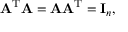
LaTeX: \mathbf { A } ^ { \mathrm { T } } \mathbf { A } = \mathbf { A } \mathbf { A } ^ { \mathrm { T } } = \mathbf { I } _ { n } ,